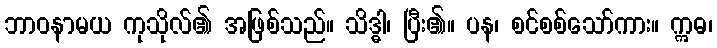
ဘာဝနာမယ ကုသိုလ်၏ အဖြစ်သည်။ သိဒ္ဓါ၊ ပြီး၏။ ပန၊ စင်စစ်သော်ကား။ ဣဓ၊